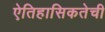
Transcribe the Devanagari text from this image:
ऐतिहासिकतेची